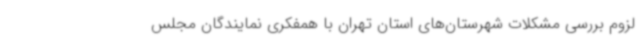
لزوم بررسی مشکلات شهرستان‌های استان تهران با همفکری نمایندگان مجلس